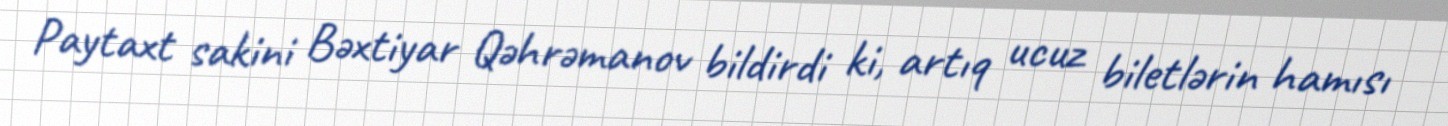
Paytaxt sakini Bəxtiyar Qəhrəmanov bildirdi ki, artıq ucuz biletlərin hamısı